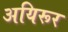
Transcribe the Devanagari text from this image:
अयिरूर